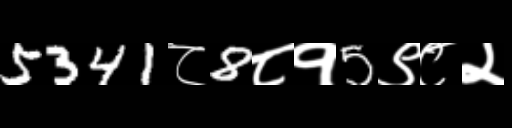
Text: 5341८8८१5९८२